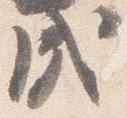
戌